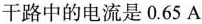
干路中的电流是0.65A